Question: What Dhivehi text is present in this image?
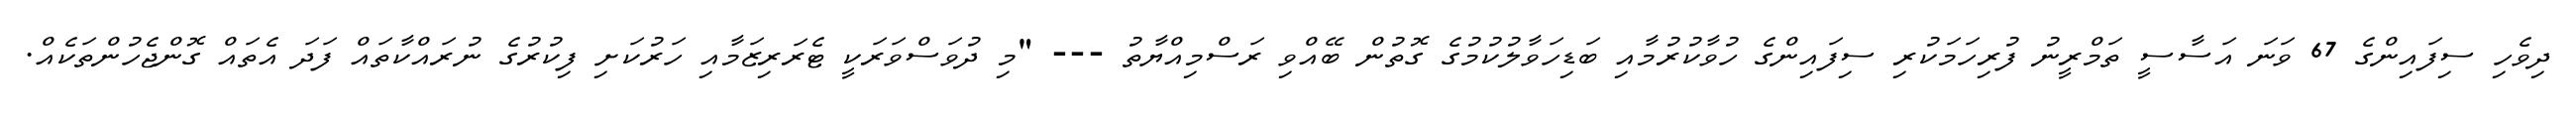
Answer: ދިވެހި ސިފައިންގެ 67 ވަނަ އަސާސީ ތަމްރީނު ފުރިހަމަކުރި ސިފައިންގެ ހުވާކުރުމާއި ބަޑިހަވާލުކުމުގެ ގޮތުން ބޭއްވި ރަސްމިއްޔާތު --- "މި ދުވަސްވަރަކީ ޓެރަރިޒަމާއި ހަރުކަށި ފިކުރުގެ ނުރައްކާތައް ފަދަ އެތައް ގޮންޖެހުންތަކެއް.